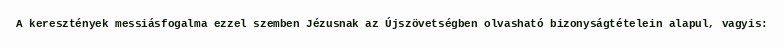
A keresztények messiásfogalma ezzel szemben Jézusnak az Újszövetségben olvasható bizonyságtételein alapul, vagyis: